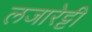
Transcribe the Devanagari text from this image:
लजारेट्टी